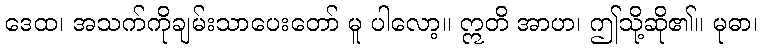
ဒေထ၊ အသက်ကိုချမ်းသာပေးတော် မူ ပါလော့။ ဣတိ အာဟ၊ ဤသို့ဆို၏။ မုဓာ၊